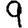
Digit: 9